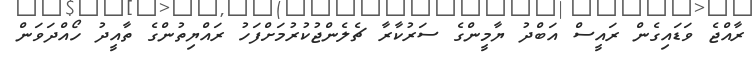
ރާއްޖެ ވަޑައިގެން ރައީސް އަބްދު ޔާމީންގެ ސަރުކާރާ ޗެލެންޖުކުރުމަށްފަހު ރައްޔިތުންގެ ތާއީދު ހޯއްދަވަން